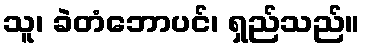
သူ၊ ခဲတံဘောပင်၊ ရှည်သည်။